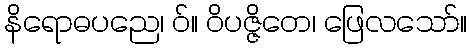
နိရောဓပညေ၊ ဝ်။ ဝိပဇ္ဇိတေ၊ ဖြေလသော်။